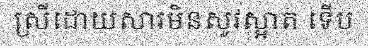
ស្រីដោយសារមិនសូវស្អាត ទើប